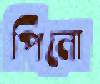
পিনো